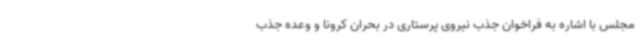
مجلس با اشاره به فراخوان جذب نیروی پرستاری در بحران کرونا و وعده جذب